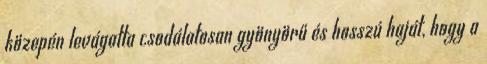
közepén levágatta csodálatosan gyönyörű és hosszú haját, hogy a